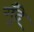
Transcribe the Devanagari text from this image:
गुँदे